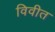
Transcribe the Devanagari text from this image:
विवीत